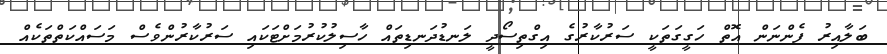
ބަލާއިރު ފެންނަން އޮތް ހަގީގަތަކީ ސަރުކާރުގެ އިގްތިސޯދީ ލަނޑުދަނޑިތައް ހާސިލުކުރުމަށްޓަކައި ސަރުކާރުންވެސް މަސައްކަތްތަކެއް